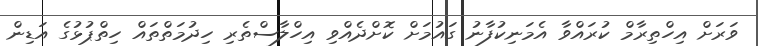
ވަރަށް އިހްތިރާމް ކުރައްވާ އެމަނިކުފާނު ގައުމަށް ކޮށްދެއްވި އިހްލާސްތެރި ހިދުމަތްތައް ހިތްޕުޅުގެ އަޑިން